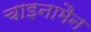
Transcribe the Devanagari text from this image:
चाइनामैन